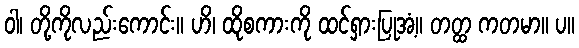
ဝါ၊ တို့ကိုလည်းကောင်း။ ဟိ၊ ထိုစကားကို ထင်ရှားပြုအံ့။ တတ္ထ ကတမာ။ ပ။